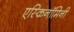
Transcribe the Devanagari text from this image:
एस्किनॉमिनी